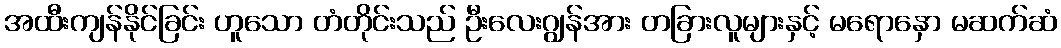
အထီးကျန်နိုင်ခြင်း ဟူသော တံတိုင်းသည် ဦးလေးဂျွန်အား တခြားလူများနှင့် မရောနှော မဆက်ဆံ